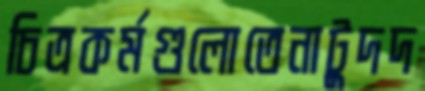
চিত্রকর্মগুলোতেনাটুদদ